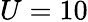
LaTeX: U=10